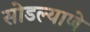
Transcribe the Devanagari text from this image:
सोडल्याणे